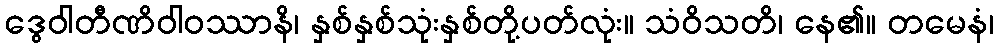
ဒွေဝါတီဏိဝါဝဿာနိ၊ နှစ်နှစ်သုံးနှစ်တို့ပတ်လုံး။ သံဝိသတိ၊ နေ၏။ တမေနံ၊